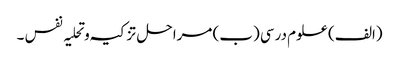
(الف) علوم درسی (ب) مراحل تز کیہ وتحلیہ نفس ۔